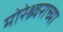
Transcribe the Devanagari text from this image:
मोरेश्र्वराच्या